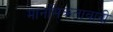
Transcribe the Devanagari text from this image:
मानसिकतावादी